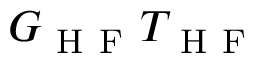
G _ { \mathrm { ~ H ~ F ~ } } T _ { \mathrm { ~ H ~ F ~ } }